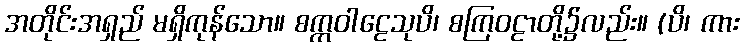
အတိုင်းအရှည် မရှိကုန်သော။ စက္ကဝါဠေသုပိ၊ စကြဝဠာတို့၌လည်း။ (ပိ၊ ကား